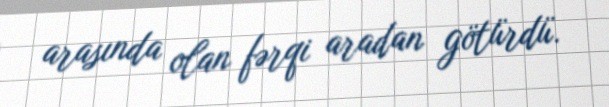
arasında olan fərqi aradan götürdü.